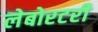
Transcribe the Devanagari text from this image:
लेबोरटरी